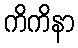
ကိကိနာ